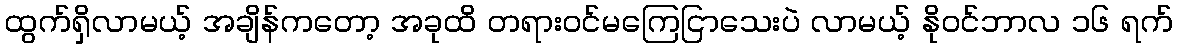
ထွက်ရှိလာမယ့် အချိန်ကတော့ အခုထိ တရားဝင်မကြေငြာသေးပဲ လာမယ့် နိုဝင်ဘာလ ၁၆ ရက်